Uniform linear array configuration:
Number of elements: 48
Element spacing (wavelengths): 0.25
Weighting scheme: hann
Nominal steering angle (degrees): -30
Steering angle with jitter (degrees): -28.172
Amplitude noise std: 0.05
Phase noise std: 0.05

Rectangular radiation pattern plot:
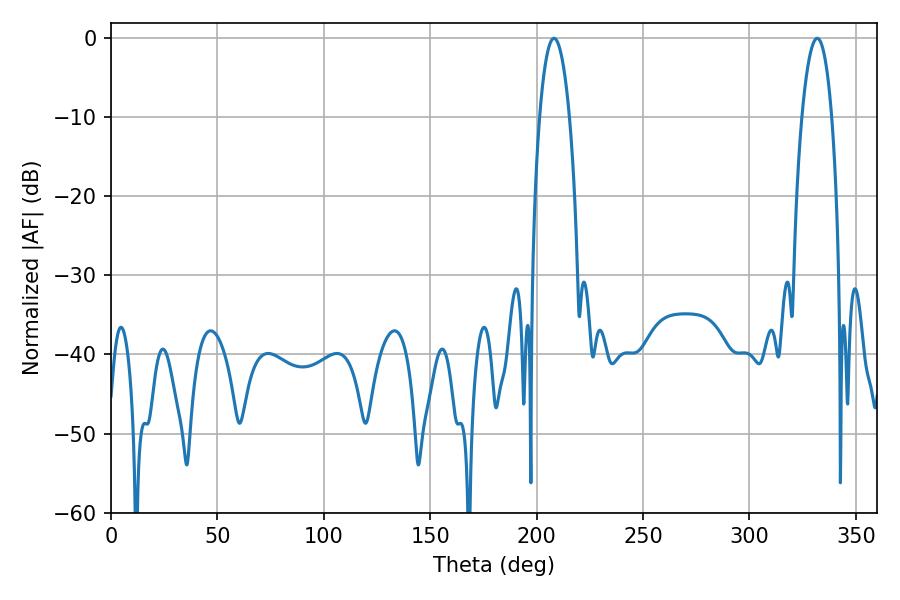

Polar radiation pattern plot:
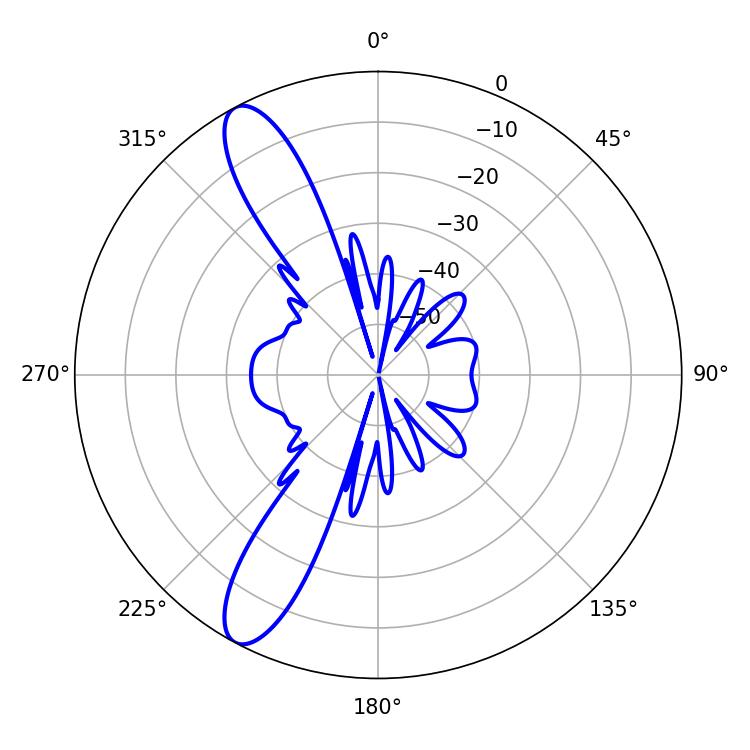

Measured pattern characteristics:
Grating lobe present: FALSE
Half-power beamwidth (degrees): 7.92
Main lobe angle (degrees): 208.08